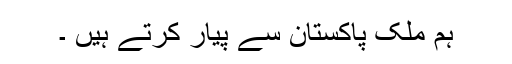
ہم ملک پاکستان سے پیار کرتے ہیں ۔